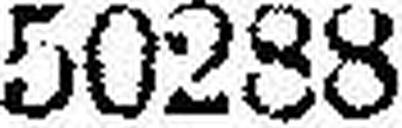
50288